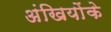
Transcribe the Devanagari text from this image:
अंखियोंके